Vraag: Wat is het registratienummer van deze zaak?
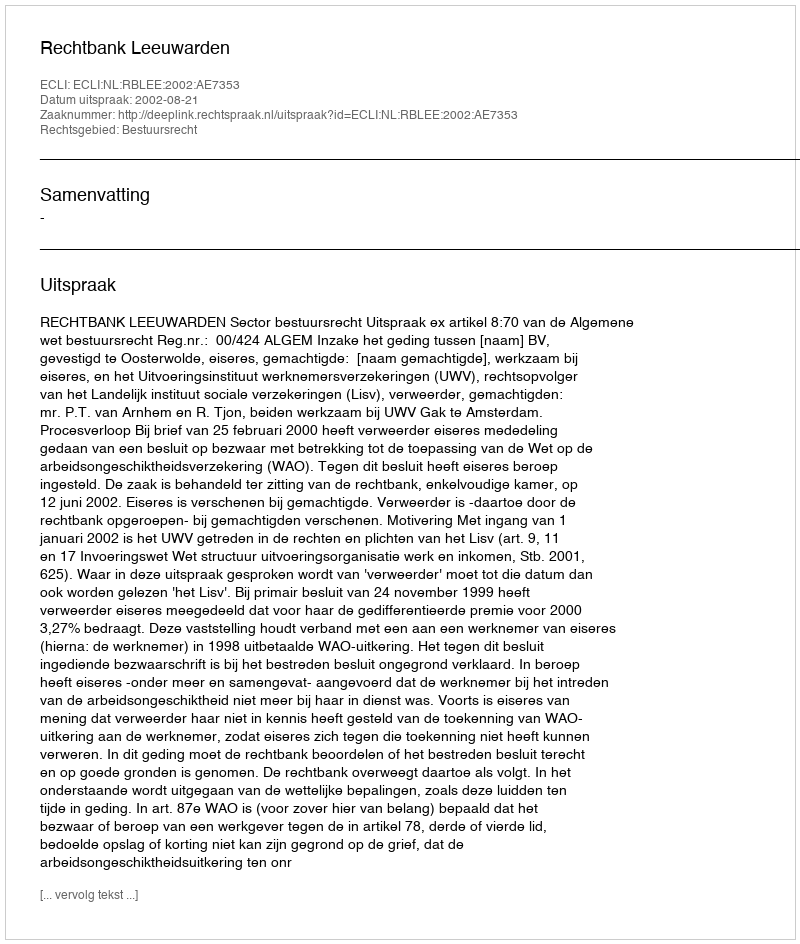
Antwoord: http://deeplink.rechtspraak.nl/uitspraak?id=ECLI:NL:RBLEE:2002:AE7353